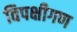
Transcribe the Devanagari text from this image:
विपक्षीगण